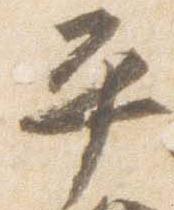
平